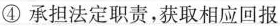
④承担法定职责，获取相应回报